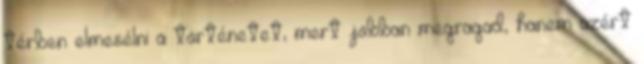
térben elmesélni a történetet, mert jobban megragad, hanem azért